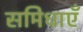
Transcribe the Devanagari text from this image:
समिधाएँ